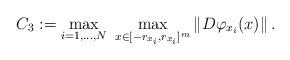
LaTeX: \begin{align*} C_3 := \max_{i = 1,\dots,N} \,\, \max_{x \in [-r_{x_i}, r_{x_i}]^m} \| D \varphi_{x_i} (x) \| \, . \end{align*}